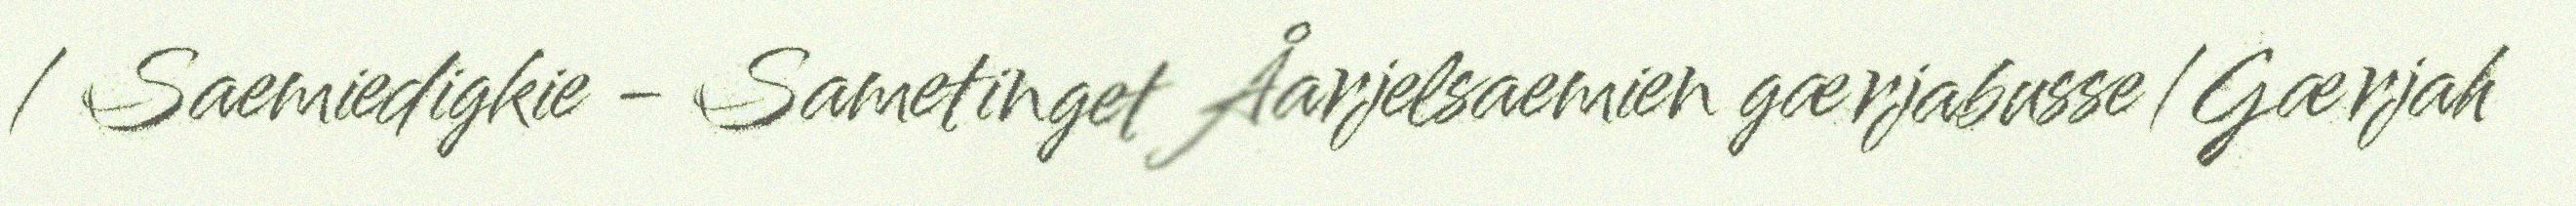
/ Saemiedigkie - Sametinget Åarjelsaemien gærjabusse/Gærjah